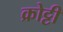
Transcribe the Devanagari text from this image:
क्रोट्टी